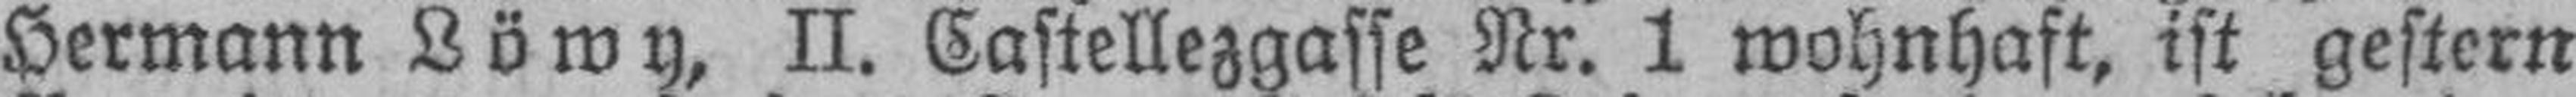
Hermann Löwy, II. Castellezgasse Nr. 1 wohnhaft, ist gestern